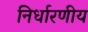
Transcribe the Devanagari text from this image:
निर्धारणीय